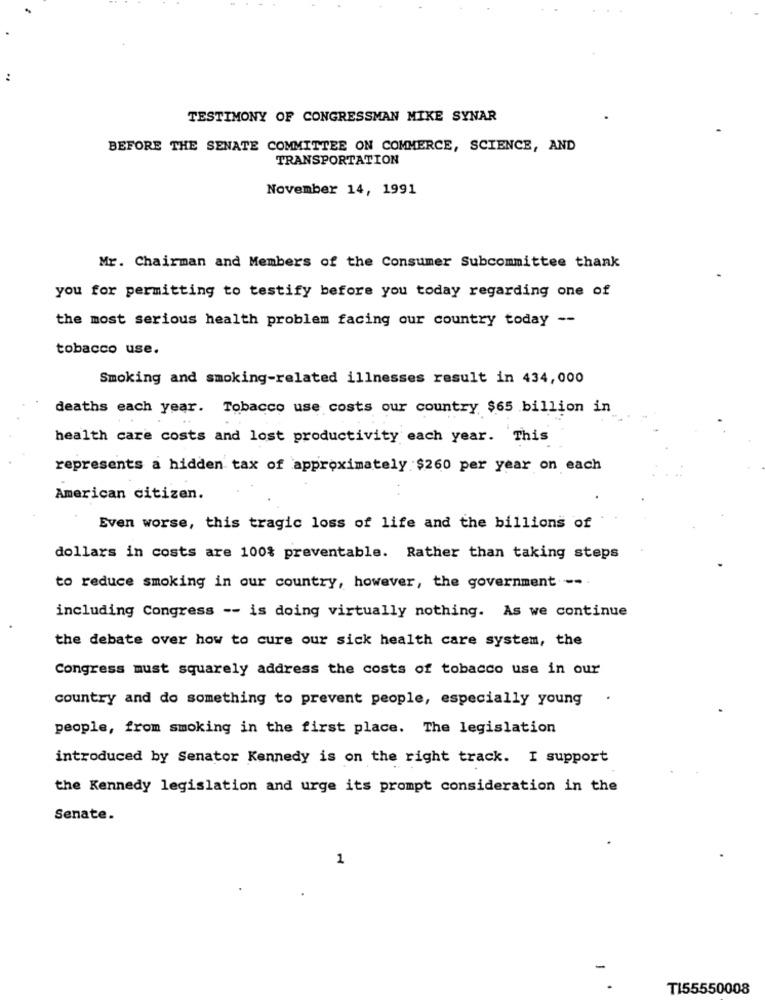
TESTIMONY OF CONGRESSMAN MIKE SYNAR
BEFORE THE SENATE COMMITTEE ON COMMERCE, SCIENCE, AND
TRANSPORTATION
November 14, 1991
Mr. Chairman and Members of the Consumer Subcommittee thank
you for permitting to testify before you today regarding one of
the most serious health problem facing our country today --
tobacco use.
Smoking and smoking-related illnesses result in 434,000
deaths each year. Tobacco use costs our country $65 billion in
health care costs and lost productivity each year. This
represents a hidden tax of approximately $260 per year on each
American citizen.
Even worse, this tragic loss of life and the billions of
dollars in costs are 100% preventable. Rather than taking steps
to reduce smoking in our country, however, the government --
including Congress -- is doing virtually nothing. As we continue
the debate over how to cure our sick health care system, the
Congress must squarely address the costs of tobacco use in our
country and do something to prevent people, especially young
people, from smoking in the first place. The legislation
introduced by Senator Kennedy is on the right track. I support
the Kennedy legislation and urge its prompt consideration in the
Senate.
1
TI55550008